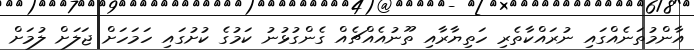
އާންމުތަނެއްގައި ނުރައްކާތެރި ހަތިޔާރާއި ތޫނުއެއްޗެއް ގެންގުޅުނު ކަމުގެ ކުށުގައި ހަމަހަށް ޖަލަށް ލުމަށް